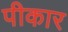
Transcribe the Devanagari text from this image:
पीकार